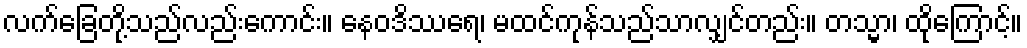
လက်ခြေတို့သည်လည်းကောင်း။ နေဝဒိဿရေ၊ မထင်ကုန်သည်သာလျှင်တည်း။ တသ္မာ၊ ထိုကြောင့်။